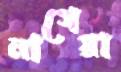
নাগেরা